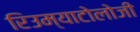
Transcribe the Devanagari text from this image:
रिउम्याटोलोजी